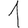
Digit: 1